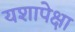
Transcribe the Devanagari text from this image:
यशापेक्षा